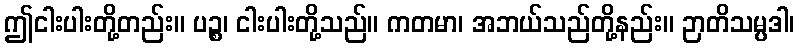
ဤငါးပါးတို့တည်း။ ပဉ္စ၊ ငါးပါးတို့သည်။ ကတမာ၊ အဘယ်သည်တို့နည်း။ ဉာတိသမ္ပဒါ၊